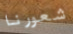
شعورنا